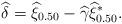
LaTeX: \begin{align*}\widehat{\delta} = \widehat{\xi}_{0.50} - \widehat{\gamma}\widehat{\xi}_{0.50}^{*}.\end{align*}